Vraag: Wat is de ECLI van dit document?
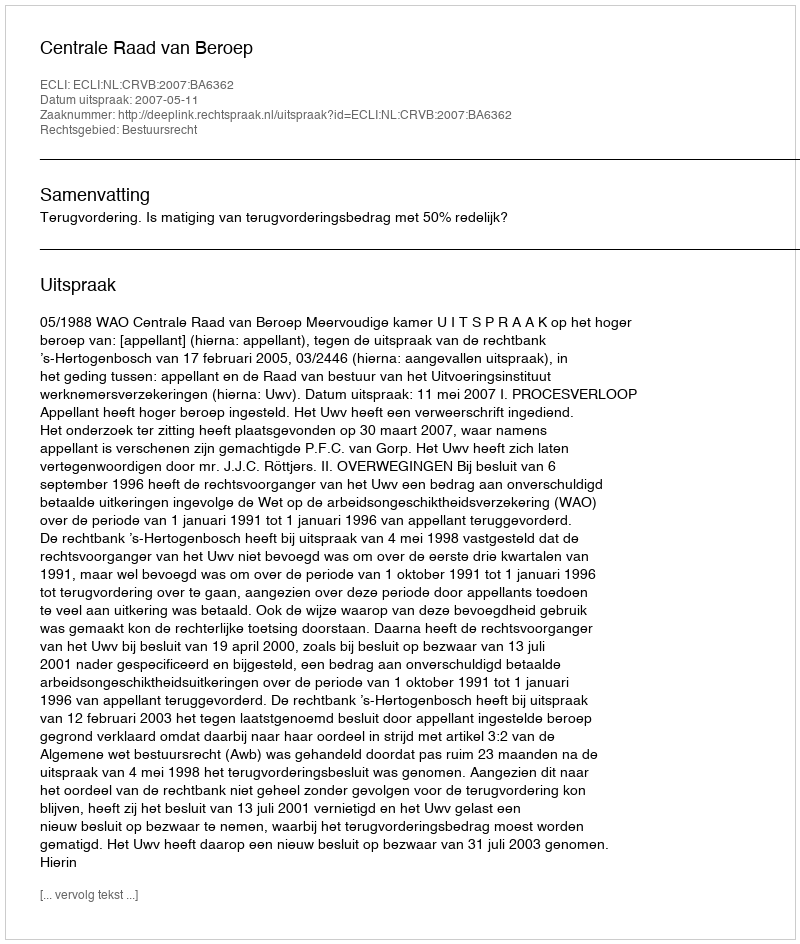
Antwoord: ECLI:NL:CRVB:2007:BA6362